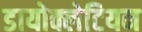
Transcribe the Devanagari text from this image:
डायोक्लेटियन